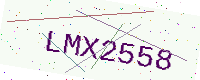
Text: LMX2558